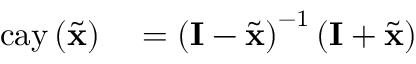
\begin{array} { r l } { \mathrm { c a y } \left( \tilde { \mathbf { x } } \right) } & { { } = \left( \mathbf { I } - \tilde { \mathbf { x } } \right) ^ { - 1 } \left( \mathbf { I } + \tilde { \mathbf { x } } \right) } \end{array}